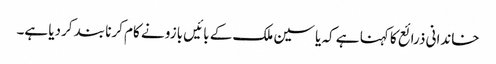
خاندانی ذرائع کا کہنا ہے کہ یاسین ملک کے بائیں بازو نے کام کرنا بند کردیا ہے۔